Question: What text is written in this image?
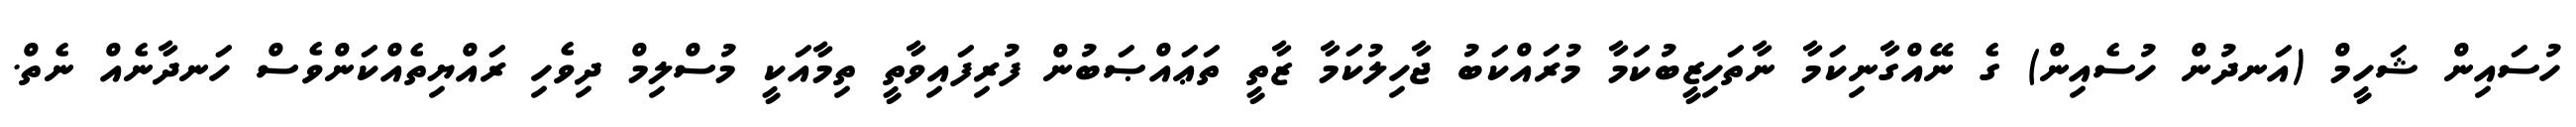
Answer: ހުސައިން ޝަހީމް (އަނދުން ހުސެއިން) ގެ ނޭއްގާނިކަމާ ނާތަހިޒީބުކަމާ މުރައްކަބު ޖާހިލުކަމާ ޒާތީ ތަޢައްޞަބުން ފުރިފައިވާތީ ތިމާއަކީ މުސްލިމް ދިވެހި ރައްޔިތެއްކަންވެސް ހަނދާނެއް ނެތް.